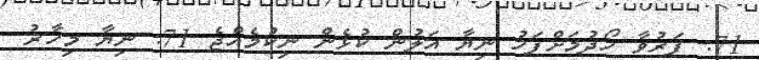
71: ފަރުވާ ހޯދުމަށްފަހު ނިޔާ އަލުން ކުޅެން ނިކުމެއްޖެ 71: ނިޔާ މިހާޜު